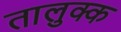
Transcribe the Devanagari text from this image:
तालुक्क